Indian journal of veterinary science and animal husbandry - Volumes 22-23, 1952-1953
Year: 1952
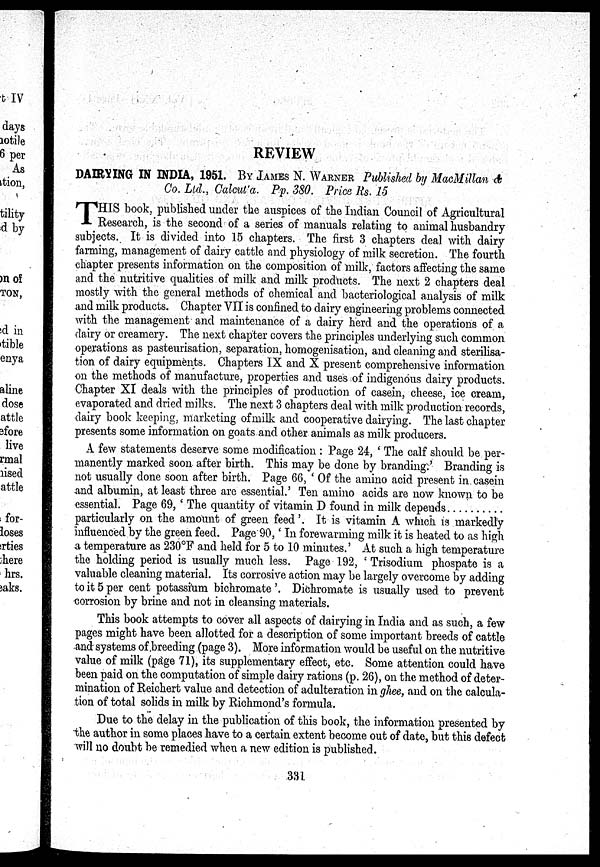
REVIEW
DAIRYING IN INDIA, 1951. BY JAMES N. WARNER Published by MacMillan &
Co. Ltd., Calcutta. Pp. 380. Price Rs. 15
T HIS book, published under the auspices of the Indian Council of Agricultural
Research, is the second of a series of manuals relating to animal husbandry
subjects. It is divided into 15 chapters. The first 3 chapters deal with dairy
farming, management of dairy cattle and physiology of milk secretion. The fourth
chapter presents information on the composition of milk, factors affecting the same
and the nutritive qualities of milk and milk products. The next 2 chapters deal
mostly with the general methods of chemical and bacteriological analysis of milk
and milk products. Chapter VII is confined to dairy engineering problems connected
with the management and maintenance of a dairy herd and the operations of a
dairy or creamery. The next chapter covers the principles underlying such common
operations as pasteurisation, separation, homogenisation, and cleaning and sterilisa-
tion of dairy equipments. Chapters IX and X present comprehensive information
on the methods of manufacture, properties and uses of indigenous dairy products.
Chapter XI deals with the principles of production of casein, cheese, ice cream,
evaporated and dried milks. The next 3 chapters deal with milk production records,
dairy book keeping, marketing of milk and cooperative dairying. The last chapter
presents some information on goats and other animals as milk producers.
A few statements deserve some modification : Page 24, ' The calf should be per-
manently marked soon after birth. This may be done by branding.' Branding is
not usually done soon after birth. Page 66, ' Of the amino acid present in casein
and albumin, at least three are essential.' Ten amino acids are now known to be
essential. Page 69, ' The quantity of vitamin D found in milk depends
particularly on the amount of green feed '. It is vitamin A which is markedly
influenced by the green feed. Page 90, ' In forewarming milk it is heated to as high
a temperature as 230°F and held for 5 to 10 minutes.' At such a high temperature
the holding period is usually much less. Page 192, ' Trisodium phospate is a
valuable cleaning material. Its corrosive action may be largely overcome by adding
to it 5 per cent potassium bichromate'. Dichromate is usually used to prevent
corrosion by brine and not in cleansing materials.
This book attempts to cover all aspects of dairying in India and as such, a few
pages might have been allotted for a description of some important breeds of cattle
and systems of breeding (page 3). More information would be useful on the nutritive
value of milk (page 71), its supplementary effect, etc. Some attention could have
been paid on the computation of simple dairy rations (p. 26), on the method of deter-
mination of Reichert value and detection of adulteration in ghee, and on the calcula-
tion of total solids in milk by Richmond's formula.
Due to the delay in the publication of this book, the information presented by
the author in some places have to a certain extent become out of date, but this defect
will no doubt be remedied when a new edition is published.
331